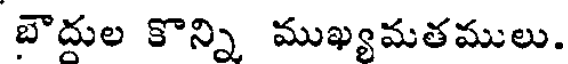
బౌద్దుల కొన్ని ముఖ్యమతములు.